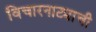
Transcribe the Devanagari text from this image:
विचारनाट्याची